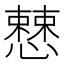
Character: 𢣱